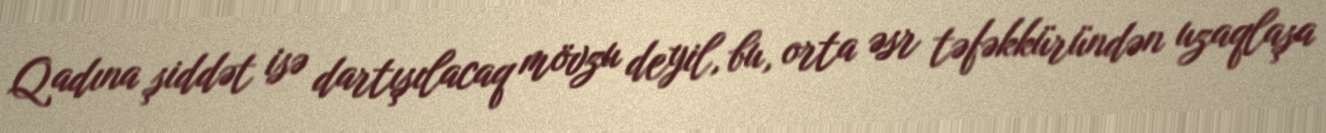
Qadına şiddət isə dartışılacaq mövzu deyil, bu, orta əsr təfəkküründən uzaqlaşa